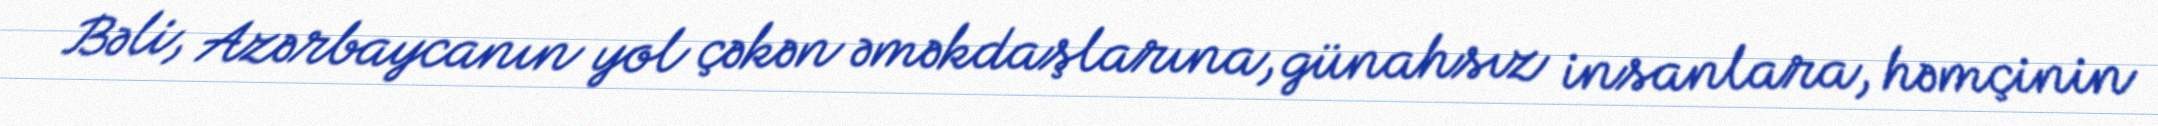
Bəli, Azərbaycanın yol çəkən əməkdaşlarına, günahsız insanlara, həmçinin